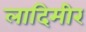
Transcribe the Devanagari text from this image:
लादिमीर